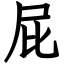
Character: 屁